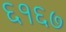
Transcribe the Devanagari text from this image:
६१६७